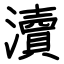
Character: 瀆